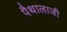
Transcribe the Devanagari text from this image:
पैथालाजी